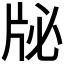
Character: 𰠜